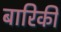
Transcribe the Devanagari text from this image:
बारिकी